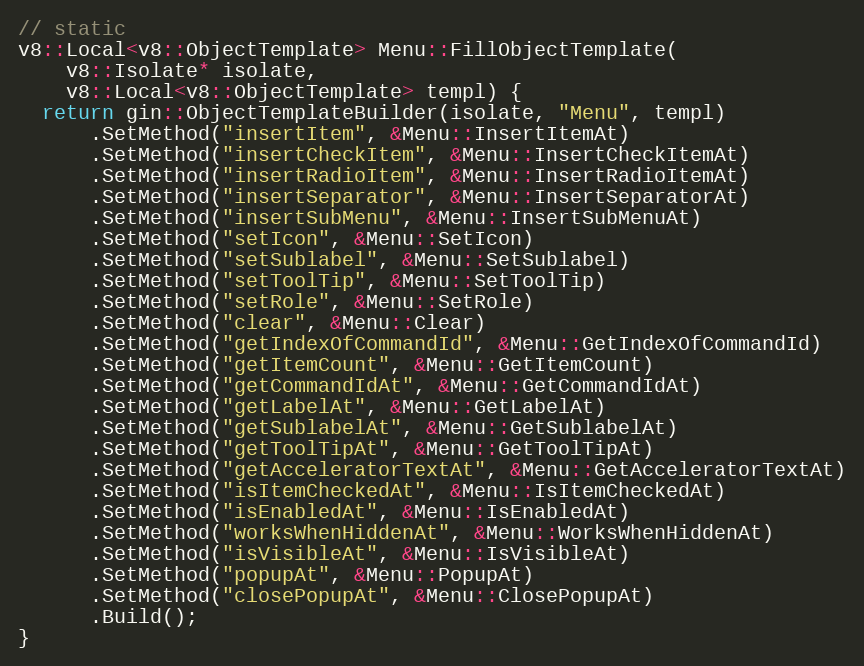
Language: C++
// static
v8::Local<v8::ObjectTemplate> Menu::FillObjectTemplate(
    v8::Isolate* isolate,
    v8::Local<v8::ObjectTemplate> templ) {
  return gin::ObjectTemplateBuilder(isolate, "Menu", templ)
      .SetMethod("insertItem", &Menu::InsertItemAt)
      .SetMethod("insertCheckItem", &Menu::InsertCheckItemAt)
      .SetMethod("insertRadioItem", &Menu::InsertRadioItemAt)
      .SetMethod("insertSeparator", &Menu::InsertSeparatorAt)
      .SetMethod("insertSubMenu", &Menu::InsertSubMenuAt)
      .SetMethod("setIcon", &Menu::SetIcon)
      .SetMethod("setSublabel", &Menu::SetSublabel)
      .SetMethod("setToolTip", &Menu::SetToolTip)
      .SetMethod("setRole", &Menu::SetRole)
      .SetMethod("clear", &Menu::Clear)
      .SetMethod("getIndexOfCommandId", &Menu::GetIndexOfCommandId)
      .SetMethod("getItemCount", &Menu::GetItemCount)
      .SetMethod("getCommandIdAt", &Menu::GetCommandIdAt)
      .SetMethod("getLabelAt", &Menu::GetLabelAt)
      .SetMethod("getSublabelAt", &Menu::GetSublabelAt)
      .SetMethod("getToolTipAt", &Menu::GetToolTipAt)
      .SetMethod("getAcceleratorTextAt", &Menu::GetAcceleratorTextAt)
      .SetMethod("isItemCheckedAt", &Menu::IsItemCheckedAt)
      .SetMethod("isEnabledAt", &Menu::IsEnabledAt)
      .SetMethod("worksWhenHiddenAt", &Menu::WorksWhenHiddenAt)
      .SetMethod("isVisibleAt", &Menu::IsVisibleAt)
      .SetMethod("popupAt", &Menu::PopupAt)
      .SetMethod("closePopupAt", &Menu::ClosePopupAt)
      .Build();
}